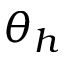
\theta _ { h }